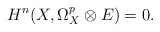
\begin{align*} H^n(X,\Omega_X^p\otimes E)=0. \end{align*}